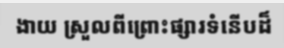
ងាយ ស្រួលពីព្រោះផ្សារទំនើបដ៏